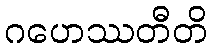
ဂဟေဿတီတိ